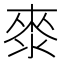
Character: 𭱁